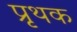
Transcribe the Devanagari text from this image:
प्रृथक